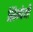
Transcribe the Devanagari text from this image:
सिम्पेथी